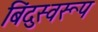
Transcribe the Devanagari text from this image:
बिंदुस्वरूप